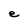
Character: e